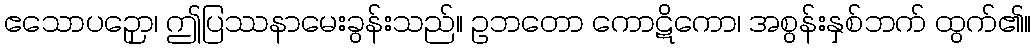
ဧသောပဉှော၊ ဤပြဿနာမေးခွန်းသည်။ ဥဘတော ကောဋိကော၊ အစွန်းနှစ်ဘက် ထွက်၏။